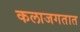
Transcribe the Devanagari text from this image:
कलाजगतात